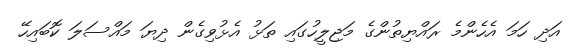
އަދި ހަމަ އެހެންމެ ރައްޔިތުންގެ މަޖިލީހުގައި ތަޅު އެޅުވިގެން ދިޔަ މައްސަލަ ކޮބައިހޭ